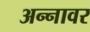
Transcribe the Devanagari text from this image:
अन्‍नावर